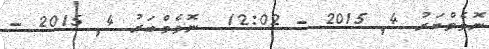
ނޮވެމްބަރު 4